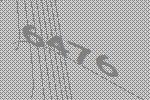
6476